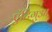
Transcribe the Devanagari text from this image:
एंटिगुआ